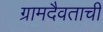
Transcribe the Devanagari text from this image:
ग्रामदैवताची